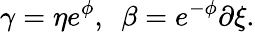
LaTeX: \gamma=\eta e^{\phi},~~\beta=e^{-\phi}\partial\xi.